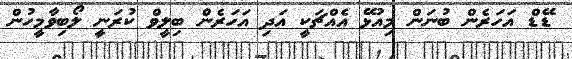
ޑޭޑް އަހަރެން ބުނަން މިއުޅޭ އެއްޗަކީ އަދި އަހަރެން ބިލީވް ކުރަނީ ލޯބިވާމީހުން